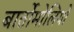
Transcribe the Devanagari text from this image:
बार्तोमोलियो